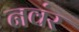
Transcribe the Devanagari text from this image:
नवंर